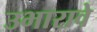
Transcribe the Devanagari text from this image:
उभारावे